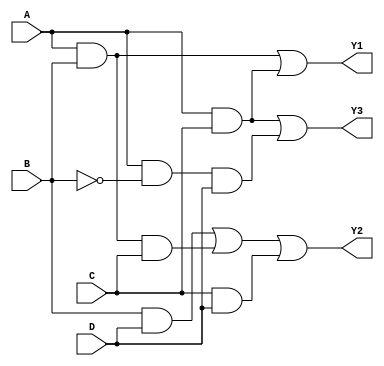
module jewel_pal (
    input wire A,      // Input A
    input wire B,      // Input B
    input wire C,      // Input C
    input wire D,      // Input D
    output wire Y1,    // Output Y1
    output wire Y2,    // Output Y2
    output wire Y3     // Output Y3
);

// Programmable AND array
wire and_out0, and_out1, and_out2, and_out3, and_out4, and_out5;

// Example configurations for the AND gates
assign and_out0 = A & B;                // AND gate 0: A AND B
assign and_out1 = A & C;                // AND gate 1: A AND C
assign and_out2 = B & D;                // AND gate 2: B AND D
assign and_out3 = A & B & C;            // AND gate 3: A AND B AND C
assign and_out4 = C & D;                // AND gate 4: C AND D
assign and_out5 = A & ~B & D;           // AND gate 5: A AND NOT B AND D

// Fixed OR array
assign Y1 = and_out0 | and_out1;        // Output Y1: OR of AND gate 0 and 1
assign Y2 = and_out2 | and_out3 | and_out4; // Output Y2: OR of AND gate 2, 3, and 4
assign Y3 = and_out1 | and_out5;        // Output Y3: OR of AND gate 1 and 5

endmodule